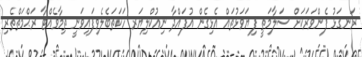
ރަނގަޅު ފެންވަރަކަށް ސަލާމަތީ ފިޔަވަޅުތައް އެޅިގެން އުފައްދާ ނިއުކްލިޔަރ ހަކަތަބެލެވިފައިވަނީ ތިމާވެއްޓާ ރަޙްމަތްތެރި